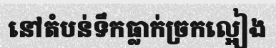
នៅតំបន់ទឹកធ្លាក់ច្រកល្អៀង